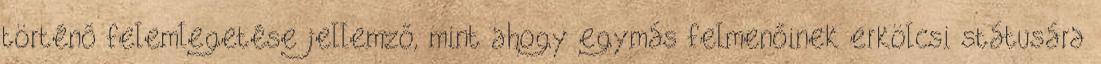
történő felemlegetése jellemző, mint ahogy egymás felmenőinek erkölcsi státusára